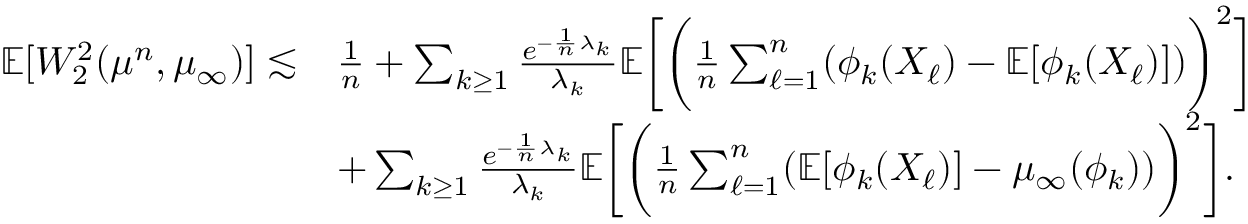
\begin{array} { r l } { \mathbb { E } [ W _ { 2 } ^ { 2 } ( \mu ^ { n } , \mu _ { \infty } ) ] \lesssim } & { \frac 1 n + \sum _ { k \ge 1 } \frac { e ^ { - \frac 1 n \lambda _ { k } } } { \lambda _ { k } } \mathbb { E } \bigg [ \bigg ( \frac 1 n \sum _ { \ell = 1 } ^ { n } ( \phi _ { k } ( X _ { \ell } ) - \mathbb { E } [ \phi _ { k } ( X _ { \ell } ) ] ) \bigg ) ^ { 2 } \bigg ] } \\ & { + \sum _ { k \ge 1 } \frac { e ^ { - \frac 1 n \lambda _ { k } } } { \lambda _ { k } } \mathbb { E } \bigg [ \bigg ( \frac 1 n \sum _ { \ell = 1 } ^ { n } ( \mathbb { E } [ \phi _ { k } ( X _ { \ell } ) ] - \mu _ { \infty } ( \phi _ { k } ) ) \bigg ) ^ { 2 } \bigg ] . } \end{array}